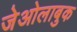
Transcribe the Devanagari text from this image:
जेओलाबुक